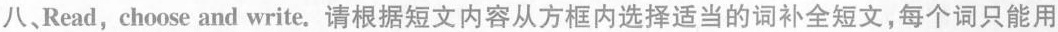
八、Read, choose and write.请根据短文内容从方框内选择适当的词补全短文,每个词只能用